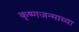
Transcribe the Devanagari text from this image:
कृष्णजन्माच्या